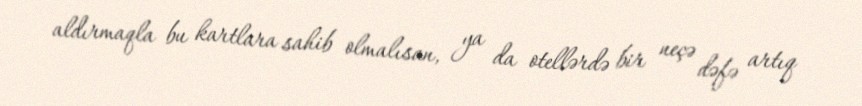
aldırmaqla bu kartlara sahib olmalısan, ya da otellərdə bir neçə dəfə artıq